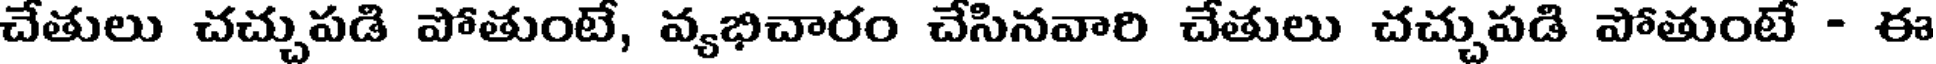
చేతులు చచ్చుపడి పోతుంటే, వ్యభిచారం చేసినవారి చేతులు చచ్చుపడి పోతుంటే - ఈ